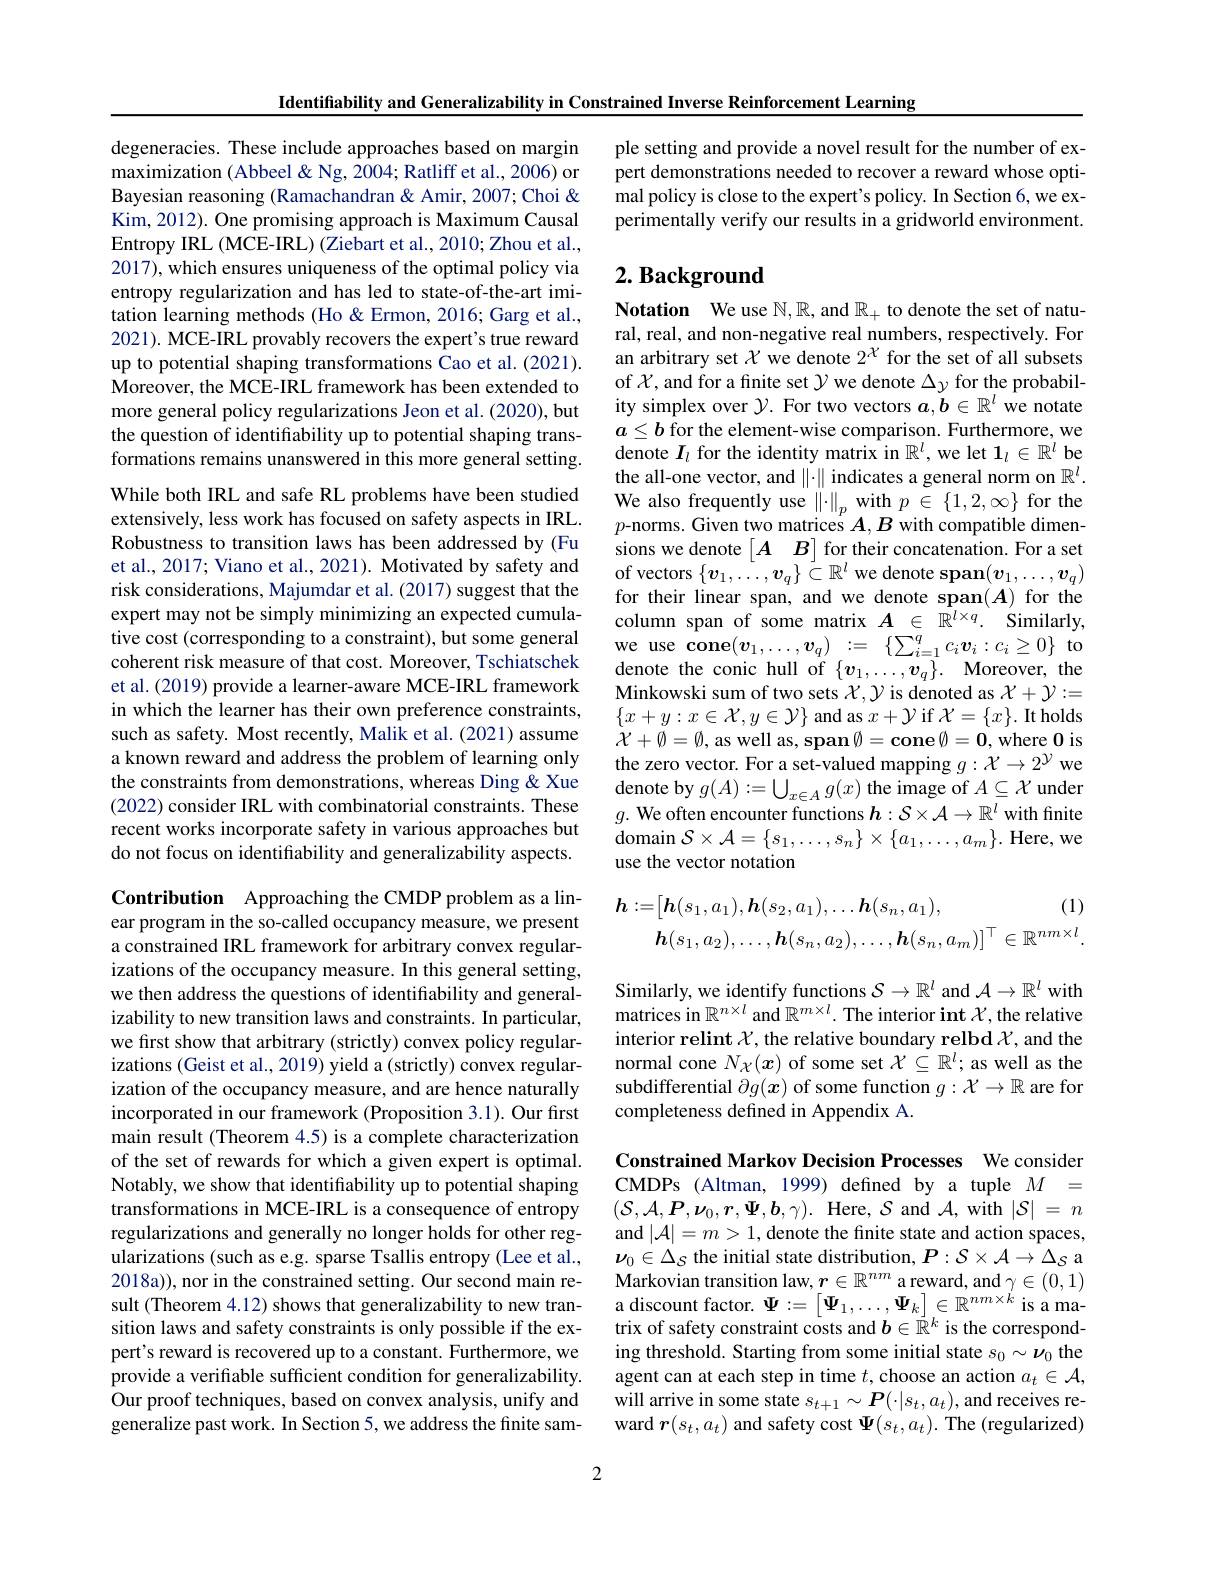
Identifiability and Generalizability in Constrained Inverse Reinforcement Learning
degeneracies. These include approaches based on margin maximization (Abbeel& Ng, 2004; Ratliff et al., 2006) or Bayesian reasoning (Ramachandran & Amir, 2007; Choi & Kim, 2012). One promising approach is Maximum Causal Entropy IRL (MCE-IRL) (Ziebart et al., 2010; Zhou et al., 2017), which ensures uniqueness of the optimal policy via entropy regularization and has led to state-of-the-art imitation learning methods (Ho &Ermon, 2016; Garg et al., 2021). MCE-IRL provably recovers the expert's true reward up to potential shaping transformations Cao et al. (2021). Moreover, the MCE-IRL framework has been extended to more general policy regularizations Jeon et al. (2020), but the question of identifiability up to potential shaping transformations remains unanswered in this more general setting. While both IRL and safe RL problems have been studied While both IRL and safe RL problems have been studied We also frequently use $\|\cdot\|_p$ with $p\in\{1,2,\infty\}$ for the extensively, less work has focused on safety aspects in IRL. $p$-norms. Given two matrices $A,B$ with compatible dimen-
Robustness to transition laws has been addressed by (Fu et al., 2017; Viano et al., 2021). Motivated by safety and risk considerations, Majumdar et al. (2017) suggest that the expert may not be simply minimizing an expected cumulative cost (corresponding to a constraint), but some general coherent risk measure of that cost. Moreover, Tschiatschek et al.(2019) provide a learner-aware MCE-IRL framework in which the learner has their own preference constraints, such as safety. Most recently, Malik et al. (2021) assume a known reward and address the problem of learning only the constraints from demonstrations, whereas Ding & Xue (2022) consider IRL with combinatorial constraints. These recent works incorporate safety in various approaches but do not focus on identifiability and generalizability aspects. Contribution Approaching the CMDP problem as a linear program in the so-called occupancy measure, we present a constrained IRL framework for arbitrary convex regularizations of the occupancy measure. In this general setting,

we then address the questions of identifiability and generalizability to new transition laws and constraints. In particular, we first show that arbitrary (strictly) convex policy regularizations (Geist et al., 2019) yield a (strictly) convex regularization of the occupancy measure, and are hence naturally incorporated in our framework (Proposition 3.1). Our first main result (Theorem 4.5) is a complete characterization of the set of rewards for which a given expert is optimal. Notably, we show that identifiability up to potential shaping transformations in MCE-IRL is a consequence of entropy regularizations and generally no longer holds for other regularizations (such as e.g. sparse Tsallis entropy (Lee et al., 2018a)), nor in the constrained setting. Our second main result (Theorem 4.12) shows that generalizability to new transition laws and safety constraints is only possible if the expert's reward is recovered up to a constant. Furthermore, we provide a verifiable sufficient condition for generalizability. Our proof techniques, based on convex analysis, unify and generalize past work. In Section 5, we address the finite sam-

ple setting and provide a novel result for the number of expert demonstrations needed to recover a reward whose optimal policy is close to the expert's policy. In Section 6, we experimentally verify our results in a gridworld environment.

## $2. \textbf{ Background}$

Notation We use $\mathbb{N},\mathbb{R}$, and $\mathbb{R}_+$ to denote the set of natural, real, and non-negative real numbers, respectively. For an arbitrary set $\mathcal{X}$ we denote $2^\chi$ for the set of all subsets of $\mathcal{X}$, and for a finite set $\mathcal{Y}$ we denote $\Delta y$ for the probability simplex over $\mathcal{Y}.$ For two vectors $a,\tilde{\boldsymbol{b}}\in\mathbb{R}^l$ we notate $a\leq b$ for the element-wise comparison. Furthermore, we $\bar{\text{denote }I}_l$ for the identity matrix in $\mathbb{R}^l$,we let $\mathbf{1}_l\in\mathbb{R}^l$ be the all-one vector, and $\|\cdot\|$ indicates a general norm on $\mathbb{R}^l.$ sions we denote $\begin{bmatrix}A&B\end{bmatrix}$ for their concatenation. For a set of vectors $\{v_1,\ldots,v_q\}\subset\mathbb{R}^l$ we denote span$(v_1,\ldots,v_q)$ for their linear span, and we denote span(A) for the column span of some matrix $A\in\mathbb{R}^{l\times q}.$ Similarly, we use cone$(v_1,\ldots,v_q):=\{\sum_{i=1}^qc_i\boldsymbol{v}_i:c_i\geq0\}$to denote the conic hull of $\{v_1,\ldots,v_q\}.$ Moreover, the Minkowski sum of two sets $\chi,\mathcal{Y}$ is denoted as $\mathcal{X}+\mathcal{Y}:=$ $\{x+y:x\in\mathcal{X},y\in\mathcal{Y}\}$ and as $x+\mathcal{Y}$ if $\mathcal{X}=\{x\}.$ It holds $\dot{\mathcal{X}}+\emptyset=\emptyset$, as well as, span $\emptyset = \textbf{cone}\emptyset = \mathbf{0} $, where $\mathbf{0}$ is the zero vector. For a set-valued mapping $g:\mathcal{X}\to2^\mathcal{Y}$ we denote by $g(A):=\bigcup_{x\in A}g(x)$ the image of $A\subseteq\mathcal{X}$ under $g.$ We often encounter functions $h:\mathcal{S}\times\mathcal{A}\to\mathbb{R}^l$ with fnite $\operatorname{domain}\mathcal{S}\times\mathcal{A}=\{s_1,\ldots,s_n\}\times\{a_1,\ldots,a_m\}.$ Here, we use the vector notation
$$\boldsymbol{h}:=\big[\boldsymbol{h}(s_{1},a_{1}),\boldsymbol{h}(s_{2},a_{1}),\ldots\boldsymbol{h}(s_{n},a_{1}),\quad(1)\\\boldsymbol{h}(s_{1},a_{2}),\ldots,\boldsymbol{h}(s_{n},a_{2}),\ldots,\boldsymbol{h}(s_{n},a_{m})\big]^{\top}\in\mathbb{R}^{nm\times l}.$$
Similarly, we identify functions $\mathcal{S}\to\mathbb{R}^l$ and $\mathcal{A}\to\mathbb{R}^l$ with matrices in $\mathbb{R}^{n\times l}$ and $\mathbb{R}^m\times l.$ The interior int $\mathcal{X}$, the relative interior relint $\mathcal{X}$, the relative boundary relbd $\mathcal{X}$, and the normal cone $N_{\mathcal{X}}(x)$ of some set $\mathcal{X}\subseteq\mathbb{R}^l;$ as well as the subdifferential $\partial g(x)$ of some function $g:\mathcal{X}\to\mathbb{R}$ are for completeness defined in Appendix A.

Constrained Markov Decision Processes We consider CMDPs (Altman, 1999) defined by a tuple $M=$ $(\mathcal{S},\mathcal{A},\boldsymbol{P},\boldsymbol{\nu}_{0},\boldsymbol{r},\boldsymbol{\Psi},\boldsymbol{b},\gamma).$ Here, $\mathcal{S}$ and $\mathcal{A}$,with $|\mathcal{S}|=n$ and $|\mathcal{A}|=m>1$, denote the finite state and action spaces, $\nu_0\in\Delta_S$ the initial state distribution, $P:\mathcal{S}\times\mathcal{A}\to\Delta_S$ a Markovian transition law, $\boldsymbol r\in\mathbb{R}^{nm}$ a reward, and $\gamma\in(0,1)$ a discount factor. $\Psi:=\begin{bmatrix}\Psi_{1},\ldots,\Psi_{k}\end{bmatrix}\in\mathbb{R}^{nm\times k}$ is a matrix of safety constraint costs and $b\in\vec{\mathbb{R}}^k$ is the corresponding threshold. Starting from some initial state $s_0\sim\boldsymbol{\nu}_0$ the agent can at each step in time $t$,choose an action $a_t\in\mathcal{A}$, will arrive in some state $s_t+1\sim\boldsymbol{P}(\cdot|s_t,a_t)$, and receives reward $\boldsymbol r(s_{t},a_{t})$ and safety cost $\Psi(s_{t},a_{t}).$ The (regularized)

2